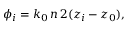
\phi _ { i } = k _ { 0 } \, n \, 2 ( z _ { i } - z _ { 0 } ) ,